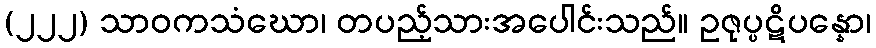
(၂၂၂) သာဝကသံဃော၊ တပည့်သားအပေါင်းသည်။ ဥဇုပ္ပဋိပန္နော၊